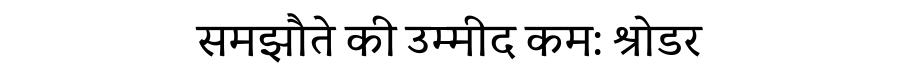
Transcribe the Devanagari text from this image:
समझौते की उम्मीद कम: श्रोडर